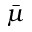
\bar { \mu }